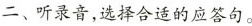
二、听录音,选择合适的应答句。